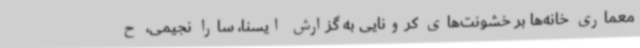
معماری خانه‌ها بر خشونت‌های کرونایی به گزارش ایسنا، سارا نجیمی، ح